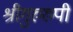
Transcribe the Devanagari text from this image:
श्रीगुरुरुपी